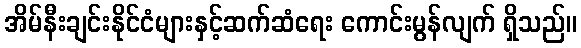
အိမ်နီးချင်းနိုင်ငံများနှင့်ဆက်ဆံရေး ကောင်းမွန်လျက် ရှိသည်။